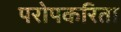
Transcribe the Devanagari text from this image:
परोपकरिता